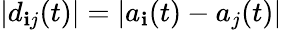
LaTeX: |d_{\mathbf{i}j}(t)|=|a_{\mathbf{i}}(t)-a_{j}(t)|